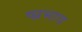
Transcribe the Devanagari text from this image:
ष्प्रभाव